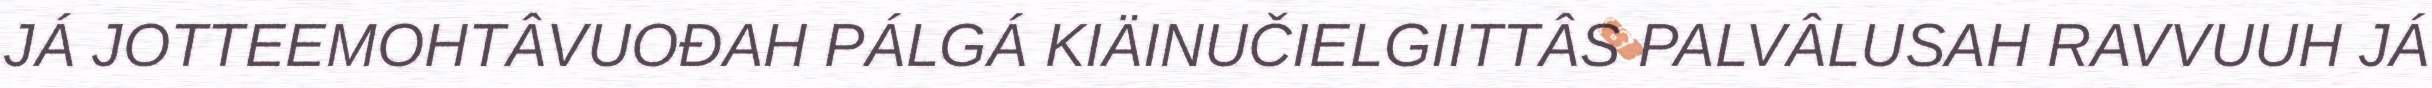
JÁ JOTTEEMOHTÂVUOĐAH PÁLGÁ KIÄINUČIELGIITTÂS PALVÂLUSAH RAVVUUH JÁ